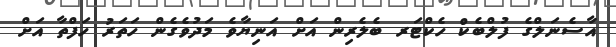
އާސެނަލްގެ ފުލްބެކް ހެކްޓަރ ބެލެރިން އަށް އަނިޔާވެ މަދުވެގެން ހަތަރު ހަފްތާ އަށް